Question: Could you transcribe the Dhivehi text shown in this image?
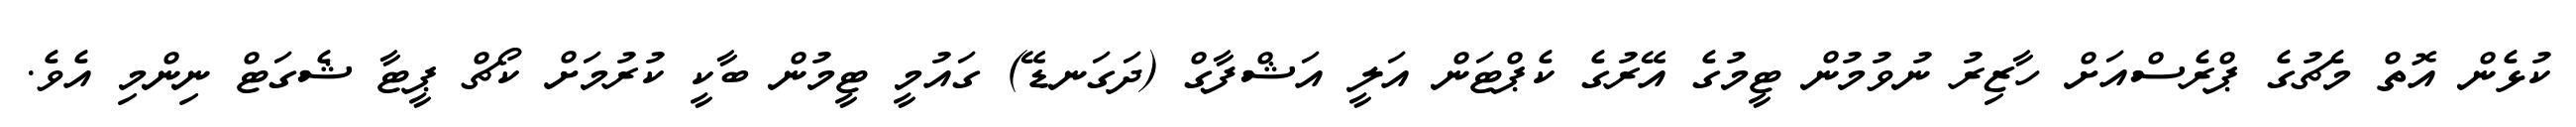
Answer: ކުޅެން އޮތް މެޗުގެ ޕްރެސްއަށް ހާޒިރު ނުވުމުން ޓީމުގެ އޭރުގެ ކެޕްޓަން އަލީ އަޝްފާގް (ދަގަނޑޭ) ގައުމީ ޓީމުން ބާކީ ކުރުމަށް ކޯޗް ޕީޓާ ޝެގަޓް ނިންމި އެވެ.